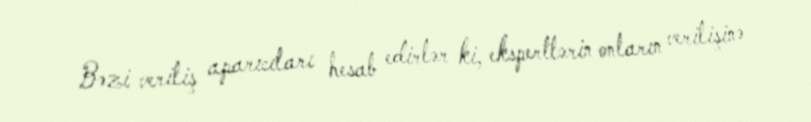
Bəzi veriliş aparıcıları hesab edirlər ki, ekspertlərin onların verilişinə